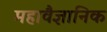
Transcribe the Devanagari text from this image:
महावैज्ञानिक